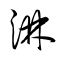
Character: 淋